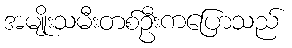
အမျိုးသမီးတစ်ဦးကပြောသည်